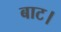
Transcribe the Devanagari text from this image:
बाट।